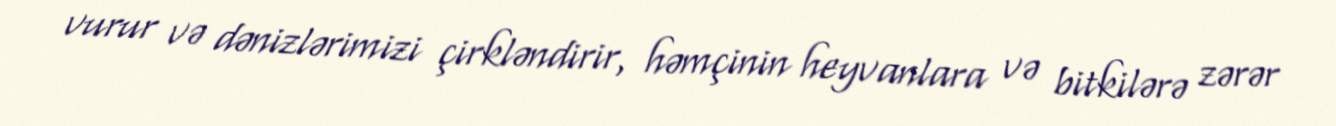
vurur və dənizlərimizi çirkləndirir, həmçinin heyvanlara və bitkilərə zərər